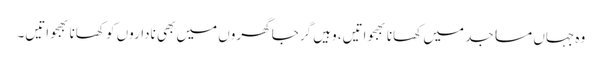
وہ جہاں مساجد میں کھانا بھجواتیں، وہیں گرجا گھروں میں بھی ناداروں کو کھانا بھجواتیں۔